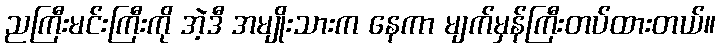
ညကြီးမင်းကြီးကို အဲ့ဒီ အမျိုးသားက နေကာ မျက်မှန်ကြီးတပ်ထားတယ်။